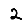
Digit: 2